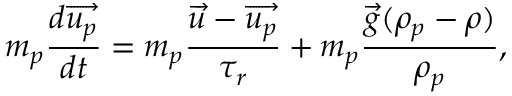
m _ { p } \frac { d \overrightarrow { u _ { p } } } { d t } = m _ { p } \frac { \overrightarrow { u } - \overrightarrow { u _ { p } } } { \tau _ { r } } + m _ { p } \frac { \overrightarrow { g } ( \rho _ { p } - \rho ) } { \rho _ { p } } ,